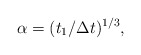
\begin{align*}\alpha=(t_1/\Delta t)^{1/3},\end{align*}